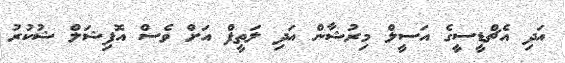
އަދި އެޗްޑީސީގެ އަސީލް މިރުޝާން އަދި ލަތީފް އަށް ވެސް އޮފިޝަލް ޝުކުރު